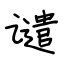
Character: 谴